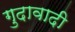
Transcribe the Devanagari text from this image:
गुदावादी